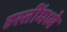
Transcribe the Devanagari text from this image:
हस्तींमध्ये